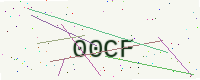
Text: 00CF